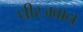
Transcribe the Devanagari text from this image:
धीरजवान्